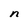
Character: n